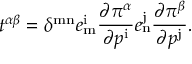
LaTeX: t ^ { \alpha \beta } = \delta ^ { \mathrm { m n } } e _ { \mathrm { m } } ^ { \mathrm { i } } { \frac { \partial \pi ^ { \alpha } } { \partial p ^ { \mathrm { i } } } } e _ { \mathrm { n } } ^ { \mathrm { j } } { \frac { \partial \pi ^ { \beta } } { \partial p ^ { \mathrm { j } } } } .